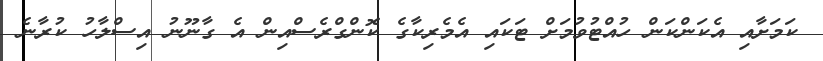
ކަމަށާއި އެކަންކަން ހުއްޓުވުމަށް ޓަކައި އެމެރިކާގެ ކޮންގްރެސްއިން އެ ގާނޫނު އިސްލާހު ކުރާނެ